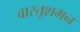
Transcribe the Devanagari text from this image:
वास्तूशमन